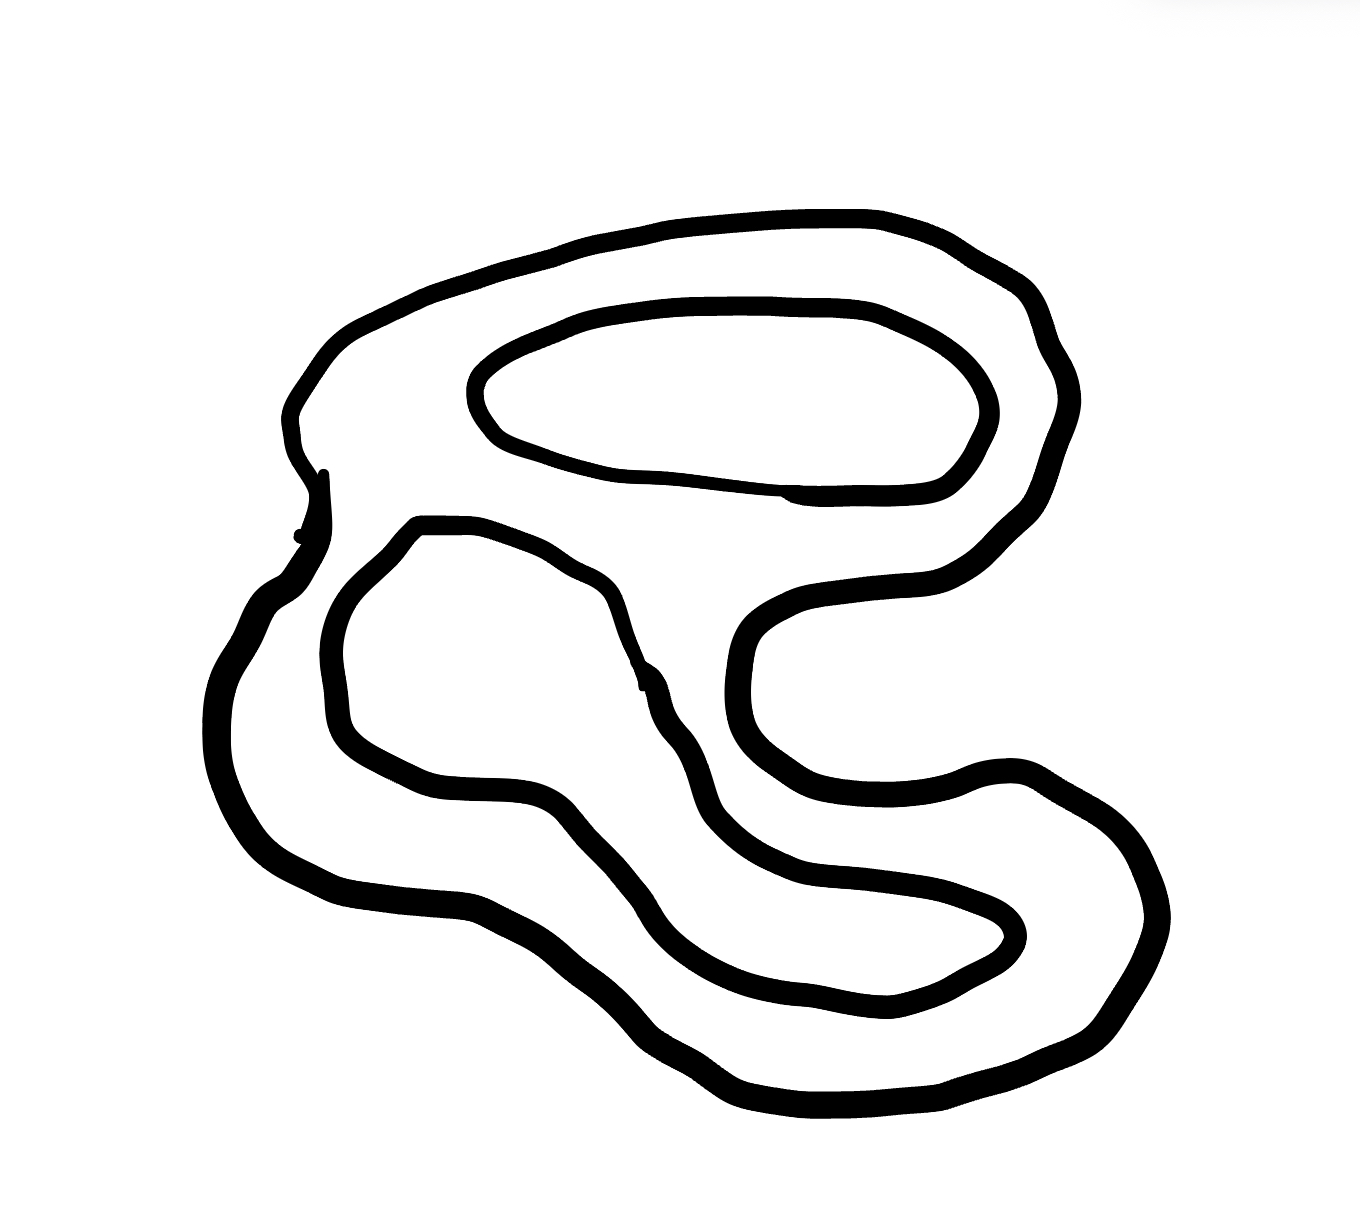
Number of regions (including the outer root region): 4
Containment tree edges (parent, child): 0, 1, 1, 2, 1, 3